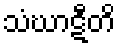
သံဃာဋီတိ